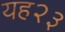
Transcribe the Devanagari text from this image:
यह२३